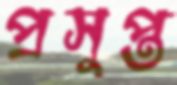
প্রসুপ্ত